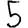
Digit: 5